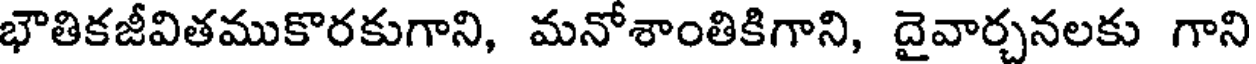
భౌతికజీవితముకొరకుగాని, మనోశాంతికిగాని, దైవార్చనలకు గాని